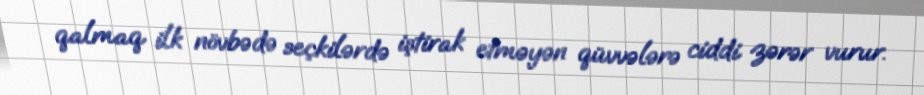
qalmaq ilk növbədə seçkilərdə iştirak etməyən qüvvələrə ciddi zərər vurur.